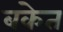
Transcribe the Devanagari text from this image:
बकेत